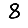
Digit: 8